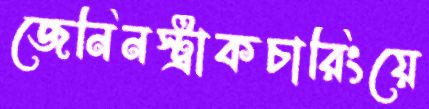
জেনিনস্ট্রাকচারিংয়ে